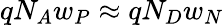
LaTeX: qN_{A}w_{P}\approx qN_{D}w_{N}